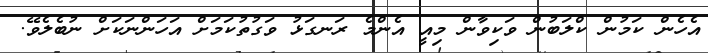
އެހެން ކަމުން ކްލަބުން ވަކިވާން މިއީ އެންމެ ރަނގަޅު ވަގުތުކަމަށް އަހަންނަކަށް ނުބެލެވޭ.